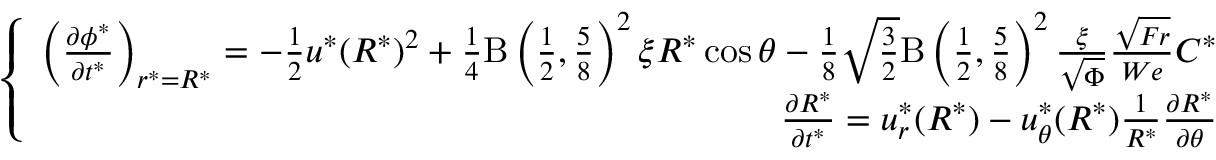
\left\{ \begin{array} { r } { \left( \frac { \partial \phi ^ { * } } { \partial t ^ { * } } \right) _ { r ^ { * } = R ^ { * } } = - \frac { 1 } { 2 } u ^ { * } ( R ^ { * } ) ^ { 2 } + \frac { 1 } { 4 } \mathrm { B } \left( \frac { 1 } { 2 } , \frac { 5 } { 8 } \right) ^ { 2 } \xi R ^ { * } \cos \theta - \frac { 1 } { 8 } \sqrt { \frac { 3 } { 2 } } \mathrm { B } \left( \frac { 1 } { 2 } , \frac { 5 } { 8 } \right) ^ { 2 } \frac { \xi } { \sqrt { \Phi } } \frac { \sqrt { F r } } { W e } C ^ { * } } \\ { \frac { \partial R ^ { * } } { \partial t ^ { * } } = u _ { r } ^ { * } ( R ^ { * } ) - u _ { \theta } ^ { * } ( R ^ { * } ) \frac { 1 } { R ^ { * } } \frac { \partial R ^ { * } } { \partial \theta } } \end{array} \right. ,